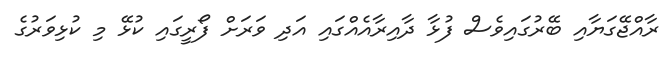
ރާއްޖޭގަޔާއި ބޭރުގައިވެސް ފުޅާ ދާއިރާއެއްގައި އަދި ވަރަށް ފޯރީގައި ކުޅޭ މި ކުޅިވަރުގެ